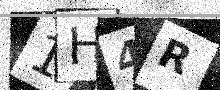
Text: 1H4R